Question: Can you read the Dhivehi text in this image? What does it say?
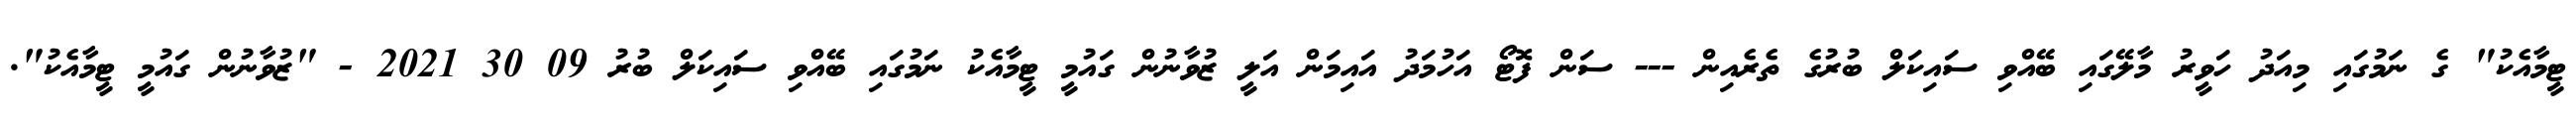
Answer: ޓީމާއެކު" ގެ ނަމުގައި މިއަދު ހަވީރު މާލޭގައި ބޭއްވި ސައިކަލް ބުރުގެ ތެރެއިން --- ސަން ފޮޓޯ އަހުމަދު އައިމަން އަލީ ޒުވާނުން ގައުމީ ޓީމާއެކު ނަމުގައި ބޭއްވި ސައިކަލް ބުރު 09 30 2021 - "ޒުވާނުން ގައުމީ ޓީމާއެކު".